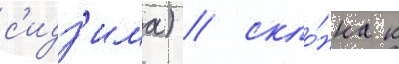
с'идз'има) / скло́нна к